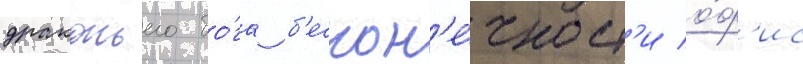
драконьего бо́га б'ескон'е́чност'и о́ф'ис